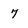
Character: 7